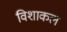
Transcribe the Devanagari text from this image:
विशाकल